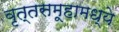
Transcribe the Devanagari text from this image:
वृत्तसमूहामध्ये